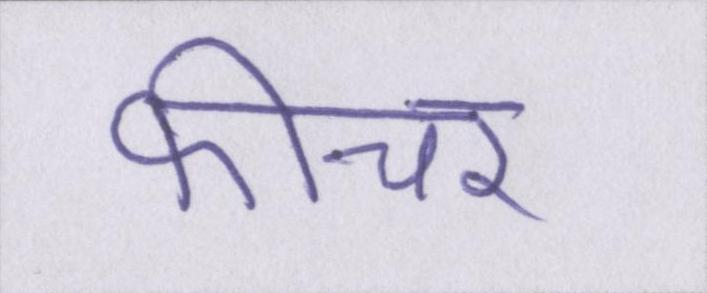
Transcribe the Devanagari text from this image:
फीचर